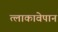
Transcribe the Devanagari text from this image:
त्लाकावेपान